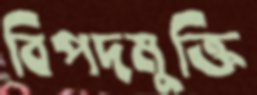
বিপদমুক্তি